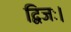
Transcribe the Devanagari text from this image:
द्विजः।